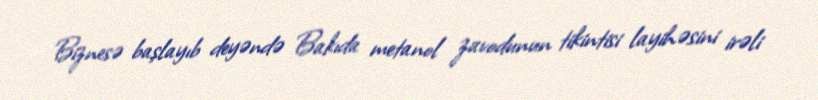
Biznesə başlayıb deyəndə Bakıda metanol zavodunun tikintisi layihəsini irəli